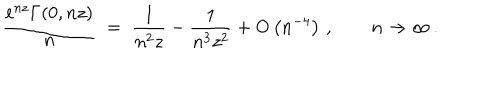
LaTeX: \frac { \mathrm { e } ^ { n z } \Gamma ( 0 , n z ) } { n } \; = \; \frac { 1 } { n ^ { 2 } z } - \frac { 1 } { n ^ { 3 } z ^ { 2 } } + \mathrm { O } \left( n ^ { - 4 } \right) \, , \qquad n \to \infty \, .